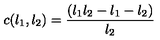
c ( l _ { 1 } , l _ { 2 } ) = \frac { ( l _ { 1 } l _ { 2 } - l _ { 1 } - l _ { 2 } ) } { l _ { 2 } }